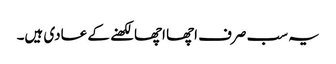
یہ سب صرف اچھا اچھا لکھنے کے عادی ہیں۔